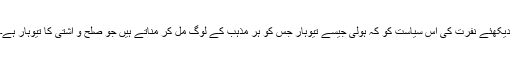
دیکھئے نفرت کی اس سیاست کو کہ ہولی جیسے تیوہار جس کو ہر مذہب کے لوگ مل کر مناتے ہیں جو صلح و آشتی کا تیوہار ہے۔